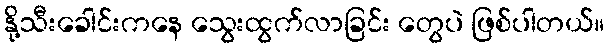
နို့သီးခေါင်းကနေ သွေးထွက်လာခြင်း တွေပဲ ဖြစ်ပါတယ်။